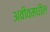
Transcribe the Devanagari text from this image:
अवीवमधील